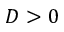
D > 0